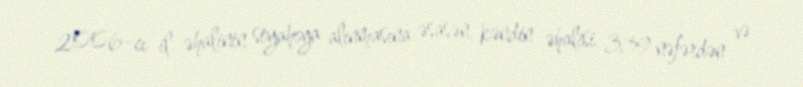
2006-cı il əhalinin siyahıya alınmasına əsasən, kəndin əhalisi 339 nəfərdən və